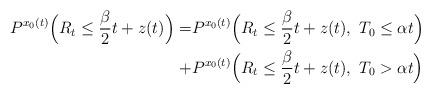
LaTeX: \begin{align*}P^{x_0(t)} \Big( R_t \leq \frac{\beta}{2}t + z(t) \Big) = &P^{x_0(t)} \Big( R_t \leq \frac{\beta}{2}t + z(t) , \ T_0 \leq \alpha t \Big) \\ + &P^{x_0(t)} \Big( R_t \leq \frac{\beta}{2}t + z(t) , \ T_0 > \alpha t \Big)\end{align*}